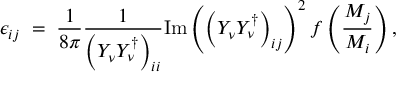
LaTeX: \epsilon _ { i j } \; = \; { \frac { 1 } { 8 \pi } } { \frac { 1 } { \left( Y _ { \nu } Y _ { \nu } ^ { \dagger } \right) _ { i i } } } \mathrm { I m } \left( \left( Y _ { \nu } Y _ { \nu } ^ { \dagger } \right) _ { i j } \right) ^ { 2 } f \left( { \frac { M _ { j } } { M _ { i } } } \right) ,